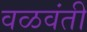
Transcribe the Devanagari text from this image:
वळवंती